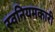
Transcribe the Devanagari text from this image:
स्वनियमकारी